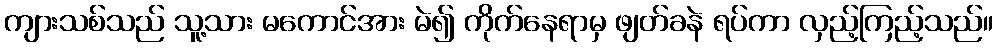
ကျားသစ်သည် သူ့သား မကောင်အား မဲ၍ ကိုက်နေရာမှ ဖျတ်ခနဲ ရပ်ကာ လှည့်ကြည့်သည်။